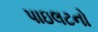
પાઇલટનો